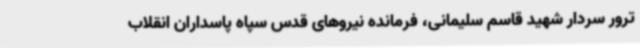
ترور سردار شهید قاسم سلیمانی، فرمانده نیروهای قدس سپاه پاسداران انقلاب